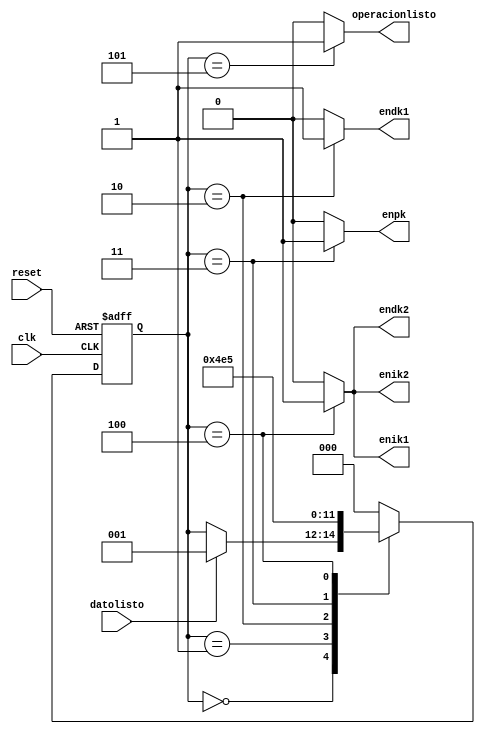
`timescale 1ns / 1ps
//////////////////////////////////////////////////////////////////////////////////
// Company: 
// Engineer: 
// 
// Design Name: 
// Module Name:    ControlUnidadArit 
// Project Name: 
// Target Devices: 
// Tool versions: 
// Description: 
//
// Dependencies: 
//
// Revision: 
// Revision 0.01 - File Created
// Additional Comments: 
//
//////////////////////////////////////////////////////////////////////////////////
module ControlUnidadArit
(
	input wire clk,reset, //	Clock y reset
	input wire datolisto,// Banderas de entrada
	output reg enpk,endk1,endk2,enik1,enik2,operacionlisto// enables de 1:y(k), 2:f(k), 3:f(k-1), 4:f(k-2)
);
//*********************************************************

localparam [4:0] // Codificacin de los estados o etiquetas
	espera = 3'b000,
	wait1 = 3'b001,
	wait2 = 3'b010,
	wait3 = 3'b011,
	wait4 = 3'b100,
	suma = 3'b101;
/*	espera = 5'b00000,
	oper1 = 5'b00001,
	wait11 = 5'b00010,
	wait12 = 5'b00011,
	wait13 = 5'b00100,
	wait14 = 5'b00101,
	oper2 = 5'b00110,
	wait21 = 5'b00111,
	wait22 = 5'b01000,
	wait23 = 5'b01001,
	wait24 = 5'b01010,
	oper3 = 5'b01011,
	wait31 = 5'b01100,
	wait32 = 5'b01101,
	wait33 = 5'b01110,
	wait34 = 5'b01111,
	oper4 = 5'b10000,
	wait41 = 5'b10001,
	wait42 = 5'b10010,
	wait43 = 5'b10011,
	wait44 = 5'b10100,
	oper5 = 5'b10101,
	wait51 = 5'b10110,
	wait52 = 5'b10111,
	wait53 = 5'b11000,
	wait54 = 5'b11001,
	oper6 = 5'b11010,
	result = 5'b11011;*/

reg [2:0] estadoactual, estadosig; // Reg, estado actual y siguiente

//*********************************************************

//Parte Secuencial

always@(posedge clk, posedge reset)
begin
	if(reset)
		estadoactual <= espera;
	else
		estadoactual <= estadosig;
end

//*********************************************************

//Parte Combinacional
always@*
begin
	estadosig = estadoactual;
	enpk = 0;
	endk1 = 0;
	endk2 = 0;
	enik1 = 0;
	enik2 = 0;
	operacionlisto = 0;

	case(estadoactual)
		espera:
			if(datolisto)
				estadosig = wait1;

		wait1:
			estadosig = wait2;						
		
		wait2:
		begin
			endk1 = 1'b1;
			estadosig = wait3;
		end
		
		wait3:
		begin
			enpk = 1'b1;
			estadosig = wait4;
		end
		
		wait4:
		begin
			endk2 = 1'b1;
			enik1 = 1'b1;
			enik2 = 1'b1;
			estadosig = suma;
		end
		
		suma:
		begin
			operacionlisto = 1'b1;
			estadosig = espera;
		end
		
		default: 
			estadosig = espera;
			
	endcase
end

endmodule